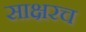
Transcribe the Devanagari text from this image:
साक्षरच